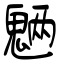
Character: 魉